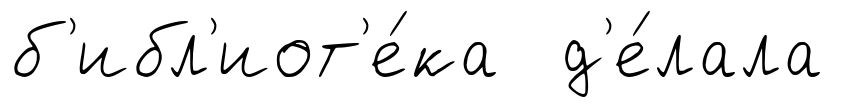
б'ибл'иот'е́ка д'е́лала